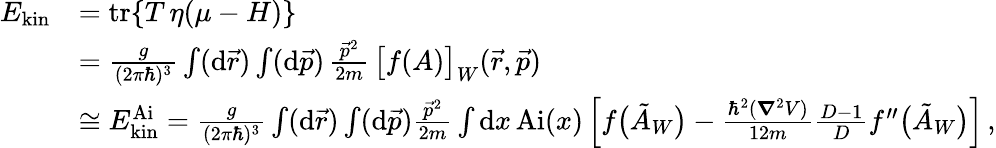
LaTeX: \begin{array}{rl}{E_{\mathrm{kin}}}&{=\mathrm{tr}\{ T\, \eta(\mu-H)\} }\\ &{=\frac{g}{(2\pi\hbar)^{3}}\int(\mathrm{d}\vec{r})\int(\mathrm{d}\vec{p})\, \frac{\vec{p}^{2}}{2m}\, \big[f(A)\big]_{W}(\vec{r},\vec{p})}\\ &{\cong E_{\mathrm{kin}}^{\mathrm{Ai}}=\frac{g}{(2\pi\hbar)^{3}}\int(\mathrm{d}\vec{r})\int(\mathrm{d}\vec{p})\frac{\vec{p}^{2}}{2m}\int\mathrm{d}x\, \mathrm{Ai}(x)\left[f\big(\tilde{A}_{W}\big)-\frac{\hbar^{2}(\boldsymbol{\nabla}^{2}V)}{12m}\frac{D-1}{D}f^{\prime\prime}\big(\tilde{A}_{W}\big)\right]\, ,}\end{array}